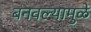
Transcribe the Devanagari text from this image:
बनवल्यामुळे